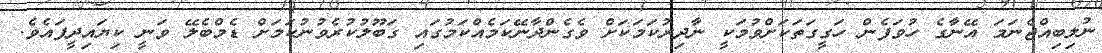
ނުލިބިއްޖެނަމަ އޭނާގެ ހުވަފެން ހަގީގަތަކަށްވުމަކީ ނާދިރުކަމަކަށް ވެގެންދާނޭކަމެއްކަމުގައި ގަބޫލުކުރެވުނުކަމަށް ޑެމްބެލޭ ވަނީ ކިޔައިދީފައެވެ.